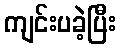
ကျင်းပခဲ့ပြီး